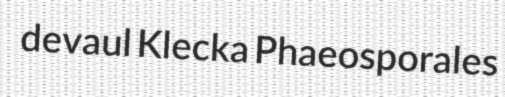
devaul Klecka Phaeosporales